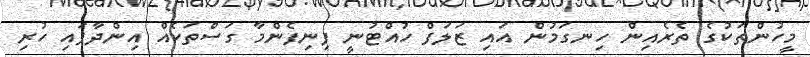
މީހުންތަކުގެ ތެރެއިން ހިނގަމުން އައި ޒަލަފް ހުއްޓުނީ ފިނިފެންމާ ގަސްތަކެއް އިންދާފައި ހުރި